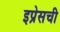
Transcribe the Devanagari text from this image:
इप्रेसची